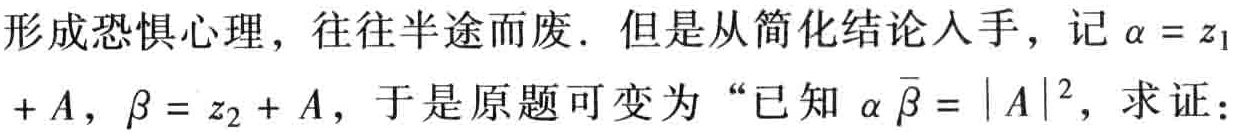
形成恐惧心理，往往半途而废．但是从简化结论入手，记$\alpha = z_{1}+A$，$\beta = z_{2}+A$，于是原题可变为“已知$\alpha\overline{\beta}=|A|^{2}$，求证：